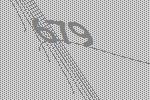
679